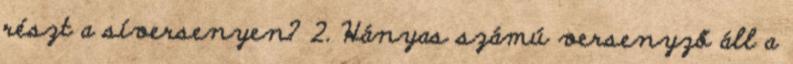
részt a síversenyen? 2. Hányas számú versenyző áll a